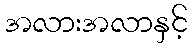
အလားအလာနှင့်